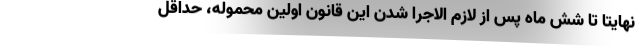
نهایتا تا شش ماه پس از لازم الاجرا شدن این قانون اولین محموله، حداقل